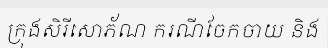
ក្រុងសិរីសោភ័ណ ករណីចែកចាយ និង